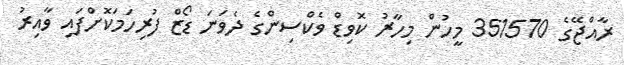
ރާއްޖޭގެ 351570 މީހުން މިހާރު ކޮވިޑް ވެކްސިންގެ ދެވަނަ ޑޯޒް ފުރިހަމަކޮށްފައި ވާއިރު